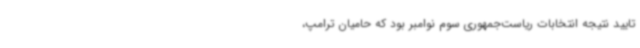
تایید نتیجه انتخابات ریاست‌جمهوری سوم نوامبر بود که حامیان ترامپ،